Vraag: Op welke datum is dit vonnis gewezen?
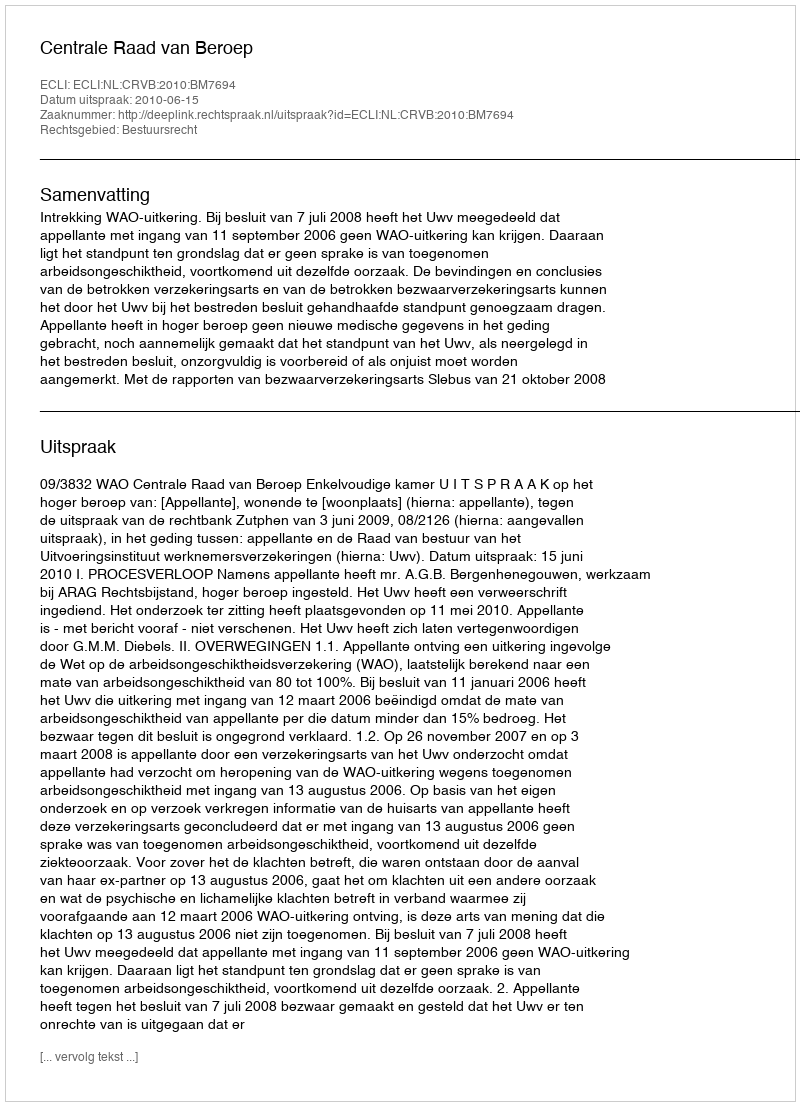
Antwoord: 2010-06-15